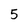
Character: 5